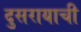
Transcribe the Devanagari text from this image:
दुसरायाची